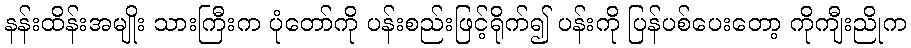
နန်းထိန်းအမျိုး သားကြီးက ပုံတော်ကို ပန်းစည်းဖြင့်ရိုက်၍ ပန်းကို ပြန်ပစ်ပေးတော့ ကိုကျီးညိုက